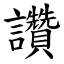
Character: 讚